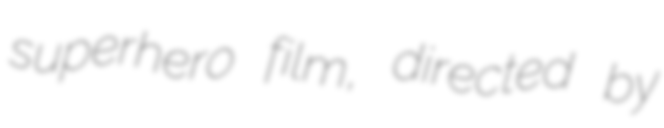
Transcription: superhero film, directed by